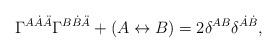
LaTeX: \begin{align*}\Gamma^{A\dot{A}\ddot{A}} \Gamma^{B\dot{B}\ddot{A}} +(A\leftrightarrow B) = 2 \delta^{AB} \delta^{\dot{A}\dot{B}},\end{align*}